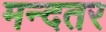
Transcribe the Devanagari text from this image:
मन्दतर